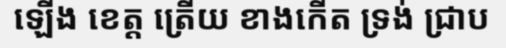
ឡើង ខេត្ត ត្រើយ ខាងកើត ទ្រង់ ជ្រាប